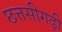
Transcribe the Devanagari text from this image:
छत्तसीगढ़ी